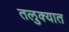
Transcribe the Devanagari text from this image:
तलुक्यात